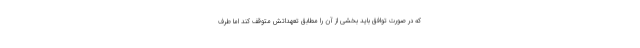
که در صورت توافق باید بخشی از آن را مطابق تعهداتش متوقف کند اما طرف